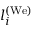
l _ { i } ^ { ( \mathrm { W e ) } }